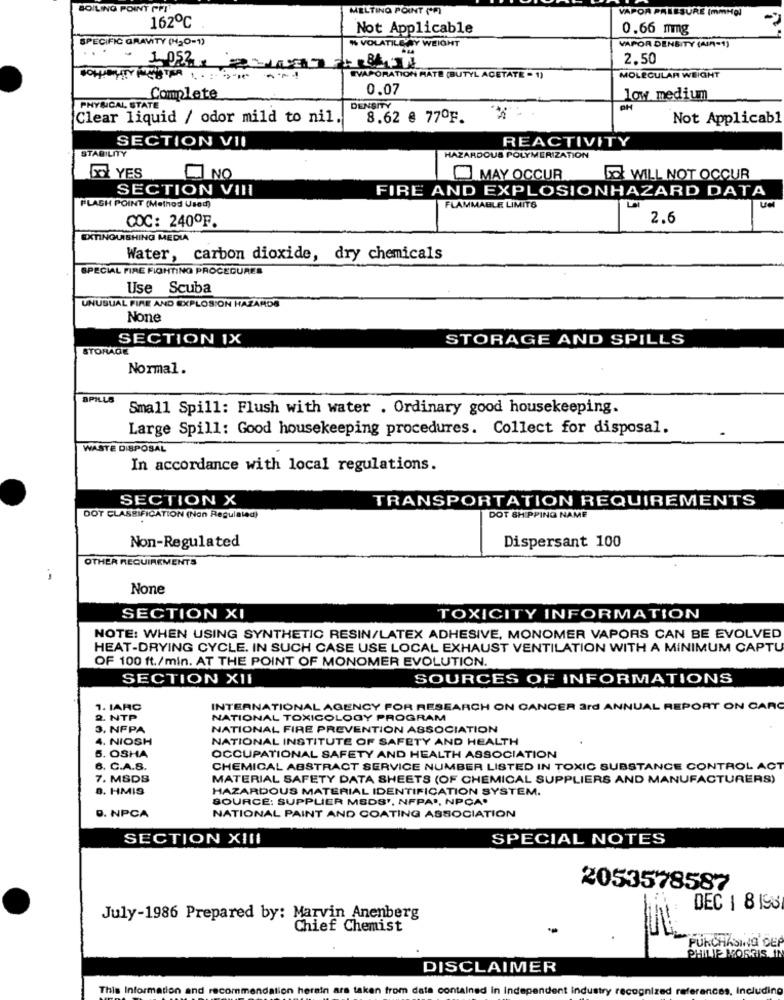
BOILING POINT PFI
MELTING POINT ("F)
VAPO
162℃
Not Applicable
0.66 mmg
SPECIFIC GRAVITY (H2O-1)
" VOLATILE AY WEIGHT
VAPOR DENSITY (AIR-1)
-
2.50
EVAPORATION MATE (BUTYL ACETATE - 1)
MOLECULAR WEIGHT
0.07
Complete
low medium
PHYSICAL STATE
DENSITY
PH
Clear liquid / odor mild to nil.
8.62 @ 77ºF.
Not Applicabl
SECTION VII
REACTIVITY
STABILITY
HAZARDOUS POLYMERIZATION
YES
NO
MAY OCCUR
So WILL NOT OCCUR
SECTION VIII
FIRE AND EXPLOSIONHAZARD DATA
FLASH POINT (Method Used)
FLAMMABLE LIMITS
COC: 240ºF.
2.6
EXTINGUISHING MEDIA
Water, carbon dioxide, dry chemicals
SPECIAL FIRE FIGHTING PROCEDURES
Use Scuba
UNUSUAL FIRE AND EXPLOSION HAZARDS
SECTION IX
STORAGE AND SPILLS
STORAGE
Normal.
SPILLS
Small Spill: Flush with water . Ordinary good housekeeping.
Large Spill: Good housekeeping procedures. Collect for disposal.
WASTE DISPOSAL
In accordance with local regulations.
SECTION X
TRANSPORTATION REQUIREMENTS
DOT CLASSIFICATION (Non Regulated)
DOT SHIPPING NAME
Dispersant 100
Non-Regulated
OTHER REQUIREMENTS
SECTION XI
TOXICITY INFORMATION
NOTE: WHEN USING SYNTHETIC RESIN/LATEX ADHESIVE, MONOMER VAPORS CAN BE EVOLVED
HEAT-DRYING CYCLE. IN SUCH CASE USE LOCAL EXHAUST VENTILATION WITH A MINIMUM CAPTU
OF 100 ft./min. AT THE POINT OF MONOMER EVOLUTION.
SECTION XII
SOURCES OF INFORMATIONS
1. IARC
INTERNATIONAL AGENCY FOR RESEARCH ON CANCER 3rd ANNUAL REPORT ON CARC
2. NTP
NATIONAL TOXICOLOGY PROGRAM
3. NFPA
NATIONAL FIRE PREVENTION ASSOCIATION
4. NIOSH
NATIONAL INSTITUTE OF SAFETY AND HEALTH
5. OSHA
OCCUPATIONAL SAFETY AND HEALTH ASSOCIATION
6. C.A.S.
CHEMICAL ABSTRACT SERVICE NUMBER LISTED IN TOXIC SUBSTANCE CONTROL ACT
7. MSDS
MATERIAL SAFETY DATA SHEETS (OF CHEMICAL SUPPLIERS AND MANUFACTURERS)
D. HMIS
HAZARDOUS MATERIAL IDENTIFICATION SYSTEM.
SOURCE: SUPPLIER MEDS', NFPA", NPCA.
D. NPCA
NATIONAL PAINT AND COATING ASSOCIATION
SECTION XIII
SPECIAL NOTES
2053578587
DEC 1 8 198
July-1986 Prepared by: Marvin Anenberg
Chief Chemist
NCHASING DEP
PHILIE MORRIS IN
DISCLAIMER
This Information and recommendation herein ars taken from data contained in Independent industry recognized references, Including